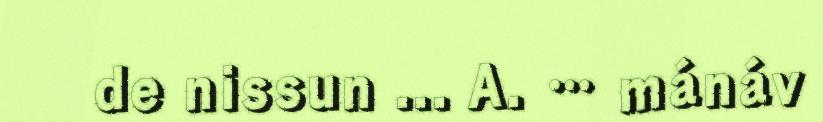
de nissun ... A. … mánáv